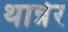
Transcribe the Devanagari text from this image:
थान्नेर